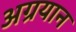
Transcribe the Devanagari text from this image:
अग्रयान